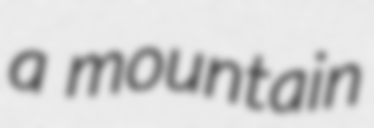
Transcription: a mountain